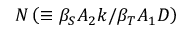
N \left( \equiv \beta _ { S } A _ { 2 } k / \beta _ { T } A _ { 1 } D \right)